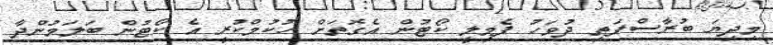
މިދިޔަ ބުރާސްފަތި ދުވަހު ފެމިލީ ކޯޓުން އެގޮތަށް ހުކުމްކުރީ އެ ކޯޓުން ބަލަމުންދާ